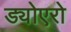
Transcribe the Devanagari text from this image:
ड्योएरो